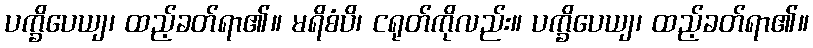
ပက္ခိပေယျ၊ ထည့်ခတ်ရာ၏။ မရိစံပိ၊ ငရုတ်ကိုလည်း။ ပက္ခိပေယျ၊ ထည့်ခတ်ရာ၏။